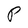
Character: P